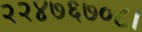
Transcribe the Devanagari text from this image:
२२४७६७०८।